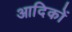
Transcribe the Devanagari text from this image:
आदिकों